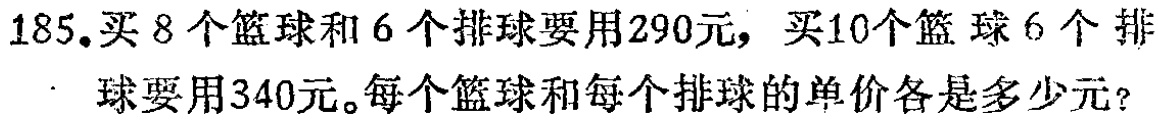
185.买8个篮球和6个排球要用290元，买10个篮球6个排球要用340元。每个篮球和每个排球的单价各是多少元？